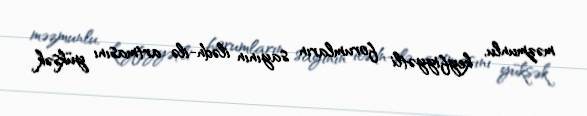
məzmunlu, keyfiyyətli forumların sayının ilədn-ilə artmasını yüksək